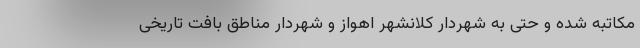
مکاتبه شده و حتی به شهردار کلانشهر اهواز و شهردار مناطق بافت تاریخی